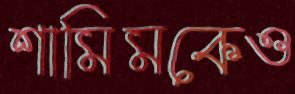
শামিমকেও